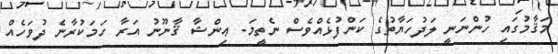
މަޤާމުގައި ހުންނަނީ ލަދުހަޔާތުގެ ކަންފުޅެއްވެސް ނެތީމަ. ޢިންޝާ ޤާނޫނު އަރާ ހަމަކުރާނެ ދުވަހެއް